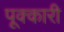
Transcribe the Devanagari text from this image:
पूक्कारी